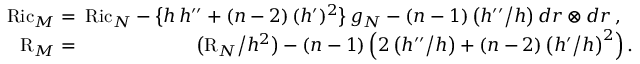
\begin{array} { r l r } { \mathrm { R i c } _ { M } \! \! \! \! } & { = } & { \! \! \! \mathrm { R i c } _ { N } - \big \{ h \, h ^ { \prime \prime } + ( n - 2 ) \, ( h ^ { \prime } ) ^ { 2 } \big \} \, g _ { N } - ( n - 1 ) \, \big ( h ^ { \prime \prime } \big / h \big ) \, d r \otimes d r \, , \, \, \, \, } \\ { \mathrm { R } _ { M } \! \! \! \! } & { = } & { \! \! \! \big ( \mathrm { R } _ { N } \big / h ^ { 2 } \big ) - ( n - 1 ) \, \Big ( 2 \, \big ( h ^ { \prime \prime } \big / h \big ) + ( n - 2 ) \, \big ( h ^ { \prime } \big / h \big ) ^ { 2 } \Big ) \, . } \end{array}